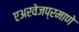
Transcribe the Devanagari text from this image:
एअरवेजप्रमाणे